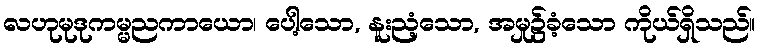
လဟုမုဒုကမ္မညကာယော၊ ပေါ့သော, နူးညံ့သော, အမှု၌ခံ့သော ကိုယ်ရှိသည်။